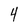
Character: 4